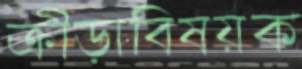
ক্রীড়াবিষয়ক